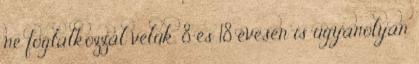
ne foglalkozzál velük. 8 és 18 évesen is ugyanolyan